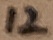
Text: 12